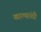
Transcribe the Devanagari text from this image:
खात्यांशी